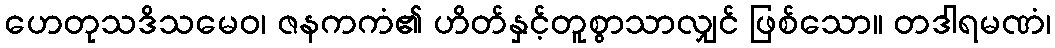
ဟေတုသဒိသမေဝ၊ ဇနကကံ၏ ဟိတ်နှင့်တူစွာသာလျှင် ဖြစ်သော။ တဒါရမဏံ၊